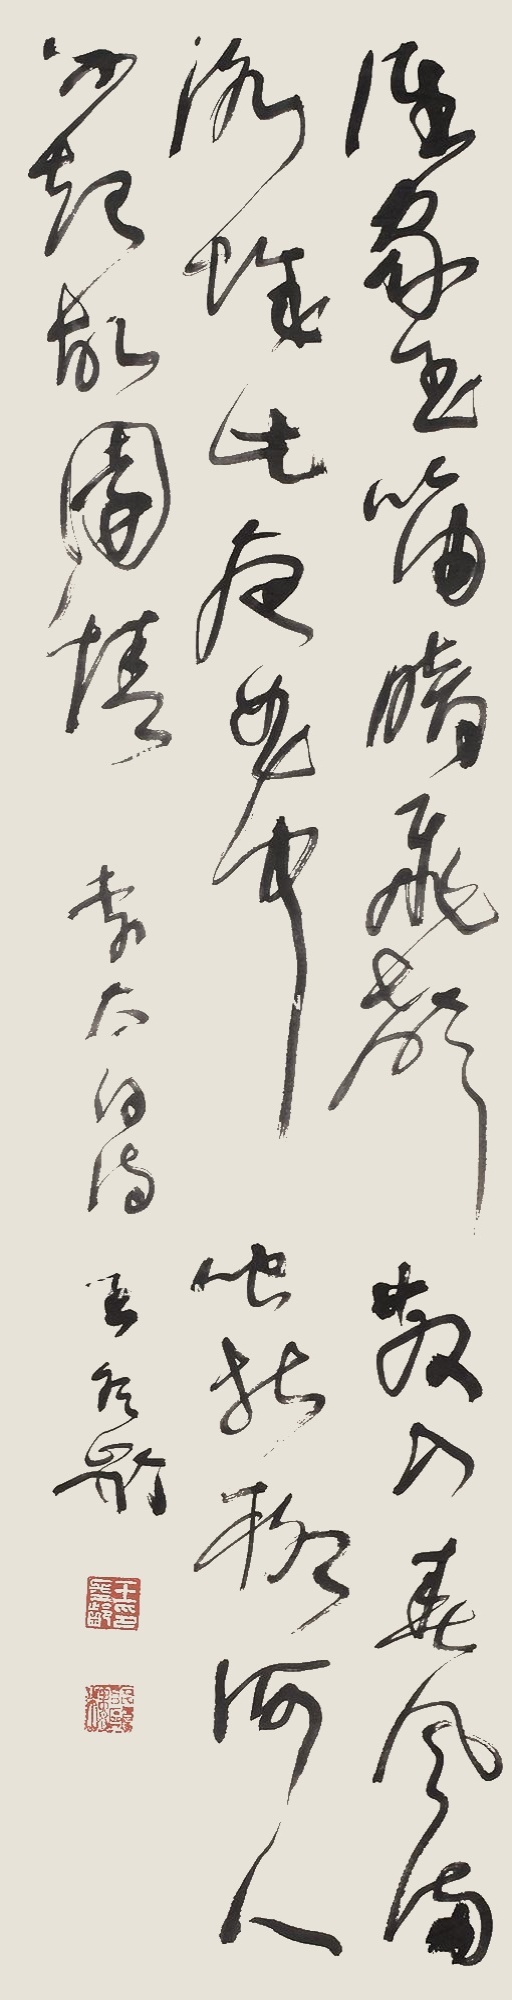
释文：谁家玉笛暗飞声，散入春风满洛城。此夜曲中闻折柳，何人不起故园情。李太白诗，王冬龄。